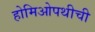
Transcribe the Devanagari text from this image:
होमिओपथीची